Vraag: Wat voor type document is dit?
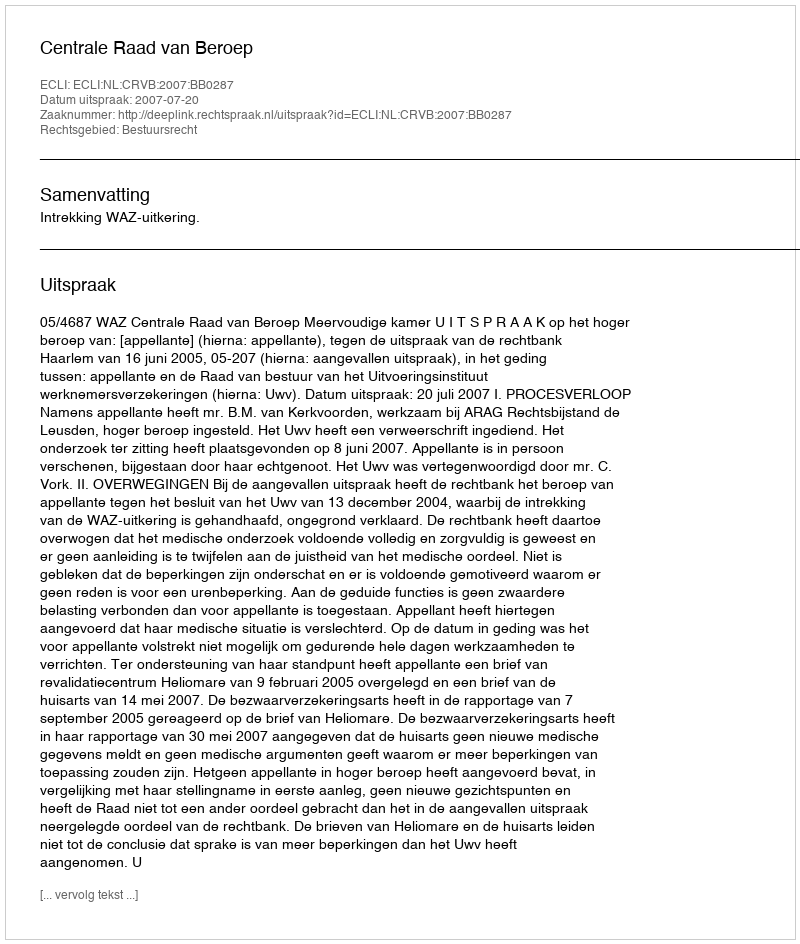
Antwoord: Uitspraak